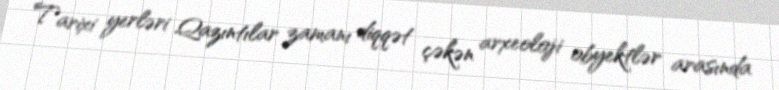
Tarixi yerləri Qazıntılar zamanı diqqət çəkən arxeoloji obyektlər arasında